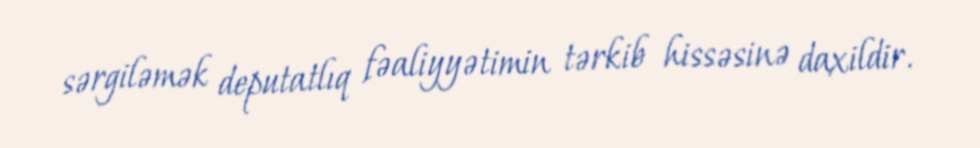
sərgiləmək deputatlıq fəaliyyətimin tərkib hissəsinə daxildir.